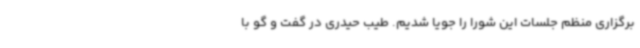
برگزاری منظم جلسات این شورا را جویا شدیم. طیب حیدری در گفت و گو با